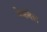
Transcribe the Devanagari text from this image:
मेकबेल